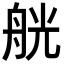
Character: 𦨻